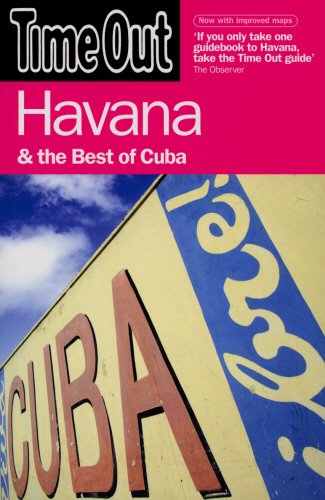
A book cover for Time Out Havana: And the Best of Cuba (Time Out Guides); Time Out; Travel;